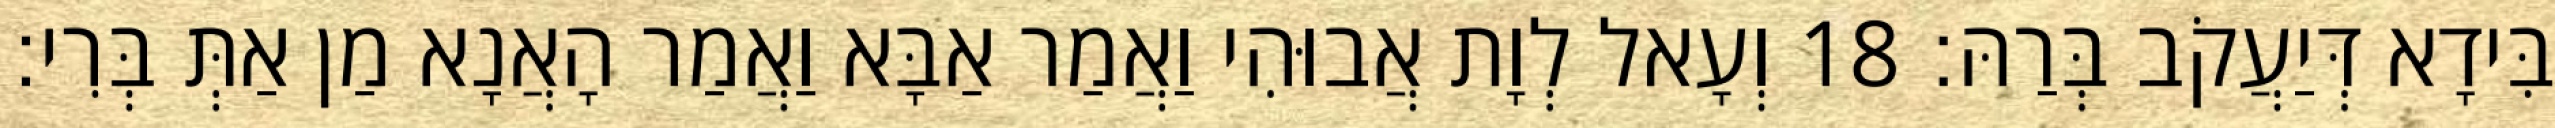
בִּידָא דְּיַעֲקֹב בְּרַהּ׃ 18 וְעָאל לְוָת אֲבוּהִי וַאֲמַר אַבָּא וַאֲמַר הָאֲנָא מַן אַתְּ בְּרִי׃